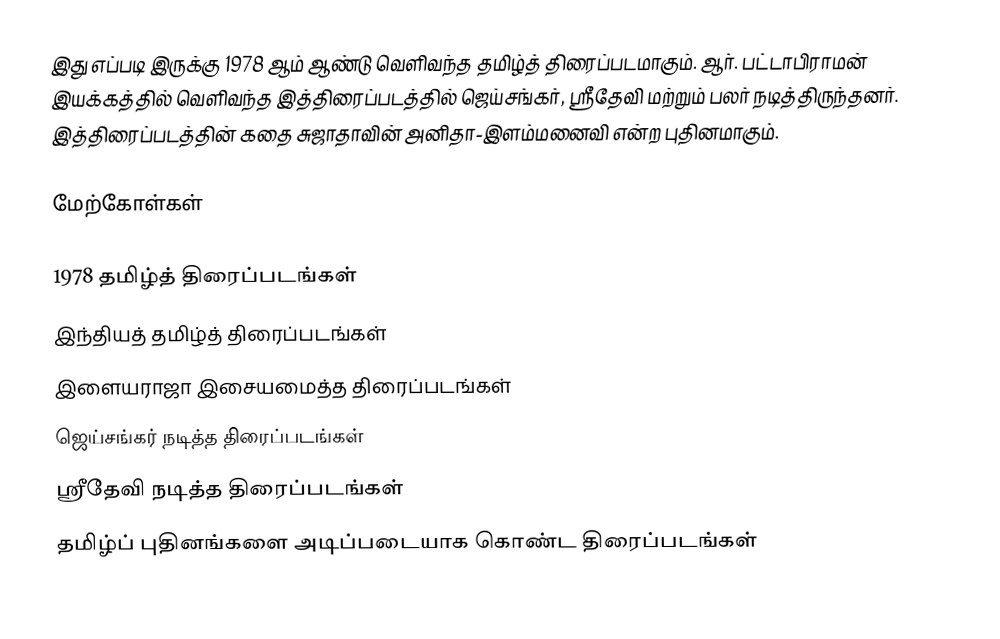
இது எப்படி இருக்கு 1978 ஆம் ஆண்டு வெளிவந்த தமிழ்த் திரைப்படமாகும். ஆர். பட்டாபிராமன் இயக்கத்தில் வெளிவந்த இத்திரைப்படத்தில் ஜெய்சங்கர், ஸ்ரீதேவி மற்றும் பலர் நடித்திருந்தனர். இத்திரைப்படத்தின் கதை சுஜாதாவின் அனிதா-இளம்மனைவி என்ற புதினமாகும்.

மேற்கோள்கள்

1978 தமிழ்த் திரைப்படங்கள்
இந்தியத் தமிழ்த் திரைப்படங்கள்
இளையராஜா இசையமைத்த திரைப்படங்கள்
ஜெய்சங்கர் நடித்த திரைப்படங்கள்
ஸ்ரீதேவி நடித்த திரைப்படங்கள்
தமிழ்ப் புதினங்களை அடிப்படையாக கொண்ட திரைப்படங்கள்